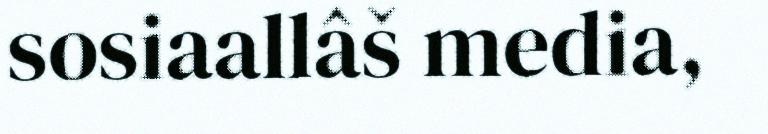
sosiaallâš media,